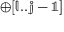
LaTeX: \mathbb { \oplus [ l . . j - 1 ] }